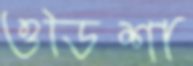
ওডিশা